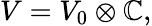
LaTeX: V=V_{0}\otimes\mathbb{C},